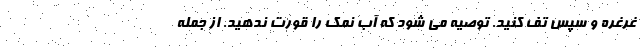
غرغره و سپس تف کنید. توصیه می شود که آب نمک را قورت ندهید. از جمله